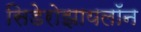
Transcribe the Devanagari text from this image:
सिडेरोझायलॉन